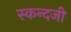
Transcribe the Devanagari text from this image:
स्कन्दजी